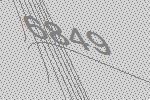
6849